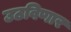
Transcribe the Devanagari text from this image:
उठविणार